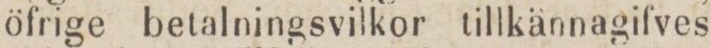
öfrige betalningsvilkor tillkännagifves